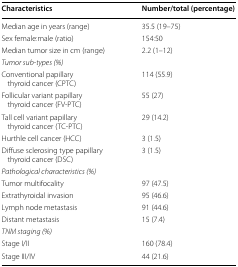
<table><thead><tr><td><b>Characteristics</b></td><td><b>Number/total (percentage)</b></td></tr></thead><tbody><tr><td>Median age in years (range)</td><td>35.5 (19–75)</td></tr><tr><td>Sex female:male (ratio)</td><td>154:50</td></tr><tr><td>Median tumor size in cm (range)</td><td>2.2 (1–12)</td></tr><tr><td colspan="2"><i>Tumor sub-types (%)</i></td></tr><tr><td>Conventional papillary thyroid cancer (CPTC)</td><td>114 (55.9)</td></tr><tr><td>Follicular variant papillary thyroid cancer (FV-PTC)</td><td>55 (27)</td></tr><tr><td>Tall cell variant papillary thyroid cancer (TC-PTC)</td><td>29 (14.2)</td></tr><tr><td>Hurthle cell cancer (HCC)</td><td>3 (1.5)</td></tr><tr><td>Diffuse sclerosing type papillary thyroid cancer (DSC)</td><td>3 (1.5)</td></tr><tr><td colspan="2"><i>Pathological characteristics (%)</i></td></tr><tr><td>Tumor multifocality</td><td>97 (47.5)</td></tr><tr><td>Extrathyroidal invasion</td><td>95 (46.6)</td></tr><tr><td>Lymph node metastasis</td><td>91 (44.6)</td></tr><tr><td>Distant metastasis</td><td>15 (7.4)</td></tr><tr><td colspan="2"><i>TNM staging (%)</i></td></tr><tr><td>Stage I/II</td><td>160 (78.4)</td></tr><tr><td>Stage III/IV</td><td>44 (21.6)</td></tr></tbody></table>